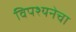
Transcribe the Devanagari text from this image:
विपश्यनेचा